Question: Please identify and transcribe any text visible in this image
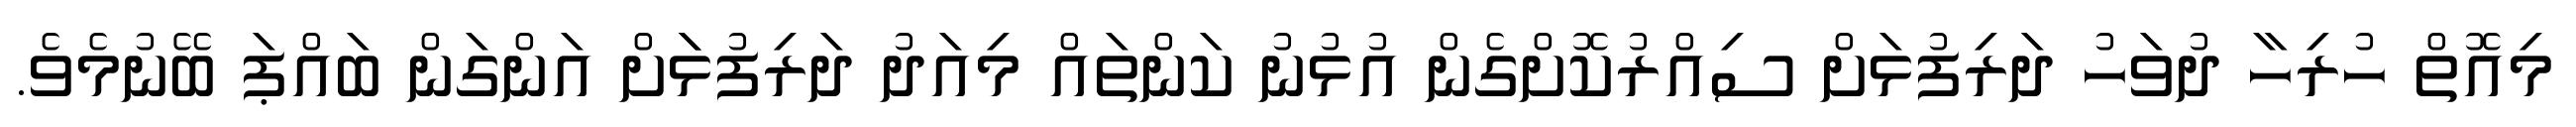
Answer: މިއޮތް ހުރިހާ ދުވަހު ދަރިފުޅަށް ސިއްރުކޮށްގެން އުޅުނު ކަންތައް މިއަދު ދަރިފުޅަަށް އަންގަން ބައްޕަ ބޭނުމެވެ.